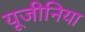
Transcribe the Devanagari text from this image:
यूजीनिया